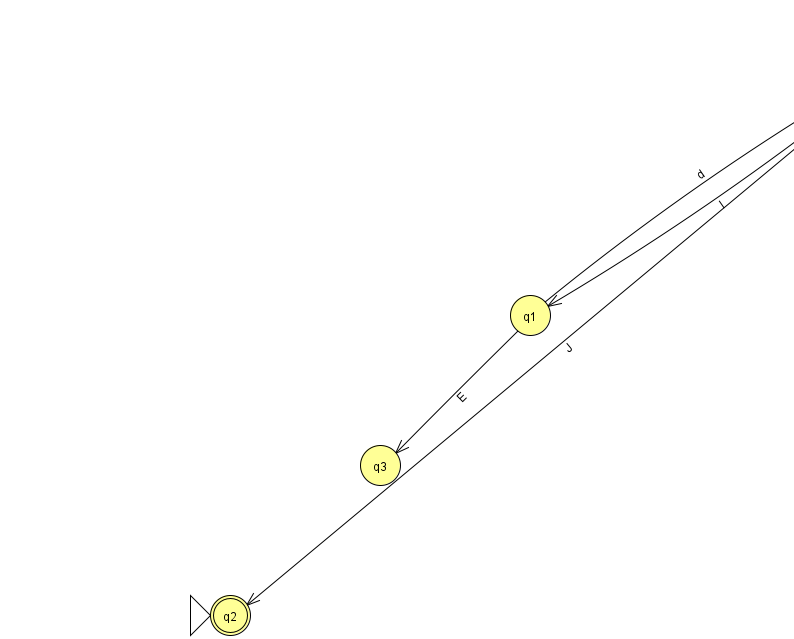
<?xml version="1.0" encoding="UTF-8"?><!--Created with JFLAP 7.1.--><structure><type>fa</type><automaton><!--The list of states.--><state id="0" name="q0"><x>893.0</x><y>50.0</y></state><state id="1" name="q1"><x>530.0</x><y>302.0</y></state><state id="2" name="q2"><x>230.0</x><y>602.0</y><initial/><final/></state><state id="3" name="q3"><x>380.0</x><y>452.0</y></state><!--The list of transitions.--><transition><from>1</from><to>0</to><read>d</read></transition><transition><from>0</from><to>2</to><read>J</read></transition><transition><from>1</from><to>3</to><read>E</read></transition><transition><from>0</from><to>1</to><read>l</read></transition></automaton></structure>